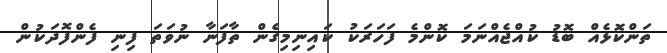
ތަންކޮޅެއް ބޮޑު ކުއްޖެއްނަމަ ކޮންމެ ފަހަރަކު ކައިނިމިގެން ތާފަނާ ނުވަތަ ފިނި ފެންފޮދަކުން